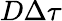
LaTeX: D\Delta\tau